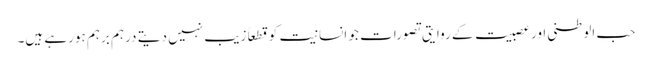
حب الوطنی اور عصبیت کے روایتی تصورات جو انسانیت کو قطعاً زیب نہیں دیتے درہم برہم ہورہے ہیں۔